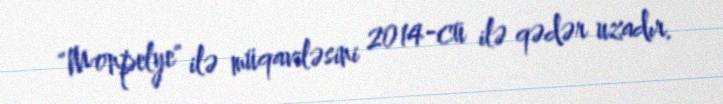
"Monpelye" ilə müqaviləsini 2014-cü ilə qədər uzadır.